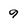
Character: 9